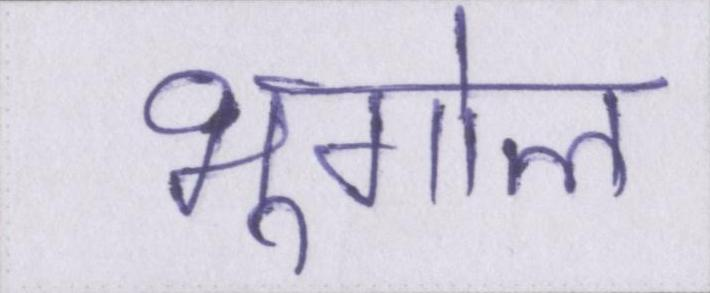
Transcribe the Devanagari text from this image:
भूगोल